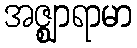
အဇ္ဈာရာမာ